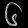
Digit: ၆